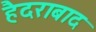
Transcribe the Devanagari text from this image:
हैदराबाद